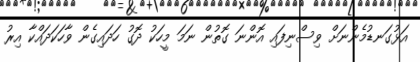
އަޅުގަނޑުމެންނަށް ވިސްނިފައި އޮންނަ ގޮތުން ނަމަ މީހަކު ދޮގު ހަދައިގެން ވާހަކަދައްކާ އިރު